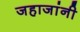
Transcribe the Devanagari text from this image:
जहाजांनी